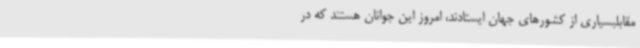
مقابلبسیاری از کشورهای جهان ایستادند، امروز این جوانان هستند که در